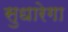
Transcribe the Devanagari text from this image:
सुधारेगा